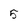
Character: 5